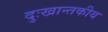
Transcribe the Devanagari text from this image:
दुःखान्तकीय